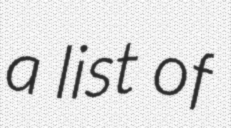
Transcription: a list of